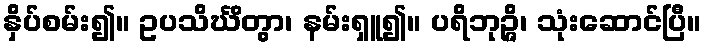
နှိပ်စမ်း၍။ ဥပသိင်္ဃိတွာ၊ နမ်းရှူ၍။ ပရိဘုဉ္ဇိ၊ သုံးဆောင်ပြီ။